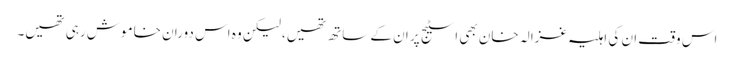
اس وقت ان کی اہلیہ غزالہ خان بھی اسٹیج پر ان کے ساتھ تھیں، لیکن وہ اس دوران خاموش رہی تھیں۔